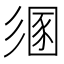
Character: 𢒤